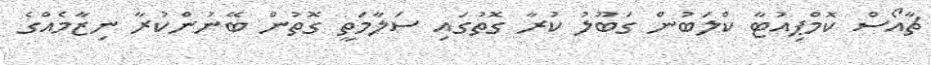
ޗާއޯސް ކޮމްޕިއުޓާ ކްލަބުން ގަބޫލު ކުރާ ގޮތުގައި ސަލާމަތީ ގޮތުން ބޭނުންކުރާ ނިޒާމެއްގެ